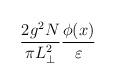
LaTeX: \begin{align*}\frac{2 g^2 N}{\pi L_{\perp}^2} \frac{\phi(x)}{\varepsilon}\end{align*}